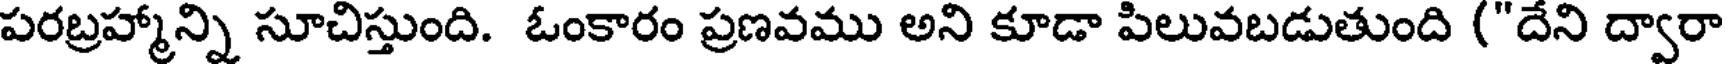
పరబ్రహ్మాన్ని సూచిస్తుంది. ఓంకారం ప్రణవము అని కూడా పిలువబడుతుంది ("దేని ద్వారా